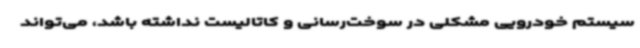
سیستم خودرویی مشکلی در سوخت‌رسانی و کاتالیست نداشته باشد، می‌تواند